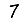
Digit: 7